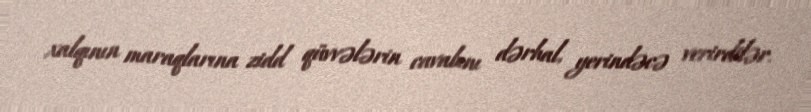
xalqının maraqlarına zidd qüvvələrin cavabını dərhal, yerindəcə verirdilər.